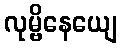
လုမ္ဗိနေယျေ